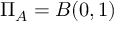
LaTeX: \Pi _ { A } = B ( 0 , 1 )